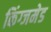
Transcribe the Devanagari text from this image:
किंग्जमेड